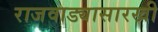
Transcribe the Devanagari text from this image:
राजवाड्यासारखी